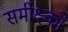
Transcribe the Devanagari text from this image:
समीक्ष्को